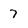
Character: 7